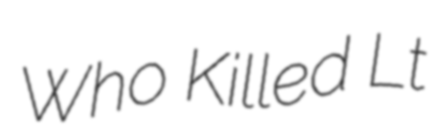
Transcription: Who Killed Lt